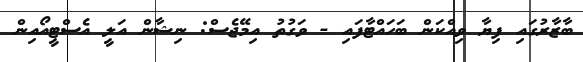
ބާޒާރުގައި ފިޔާ ވިއްކަން ބަހައްޓާފައި - ވަގުތު އިމޭޖެސް: ނިޝާން އަލީ އެސްޓީއޯއިން